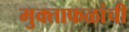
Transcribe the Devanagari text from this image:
मुक्ताफळांची